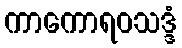
ကာကောရဝသဒ္ဒံ